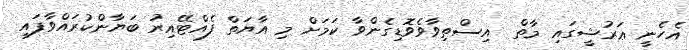
އެހެނީ ޢަރުޝީގައި މާތް  އިސްތިވާވެވޮޑިގެންވާ ކަމަށް މި އާޔަތް ފެއްޓޭއިރު ބަޔާންކުރައްވާފައި